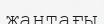
жантағы